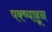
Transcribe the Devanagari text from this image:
पक्ष्याहून